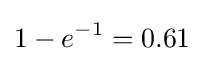
{1-e^{-1}}=0.61